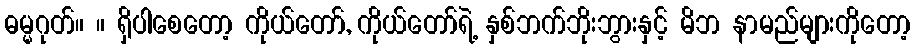
ဓမ္မဂုတ်။ ။ ရှိပါစေတော့ ကိုယ်တော်, ကိုယ်တော်ရဲ့ နှစ်ဘက်ဘိုးဘွားနှင့် မိဘ နာမည်များကိုတော့